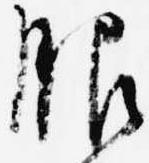
服